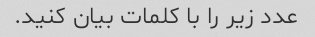
عدد زیر را با کلمات بیان کنید.